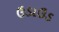
ઉડાઉડ